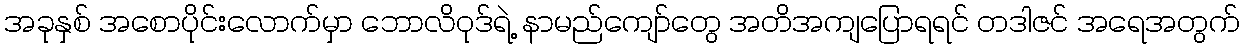
အခုနှစ် အစောပိုင်းလောက်မှာ ဘောလိဝုဒ်ရဲ့ နာမည်ကျော်တွေ အတိအကျပြောရရင် တဒါဇင် အရေအတွက်